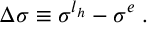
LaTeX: \Delta \sigma \equiv \sigma ^ { l _ { h } } - \sigma ^ { e } \; .